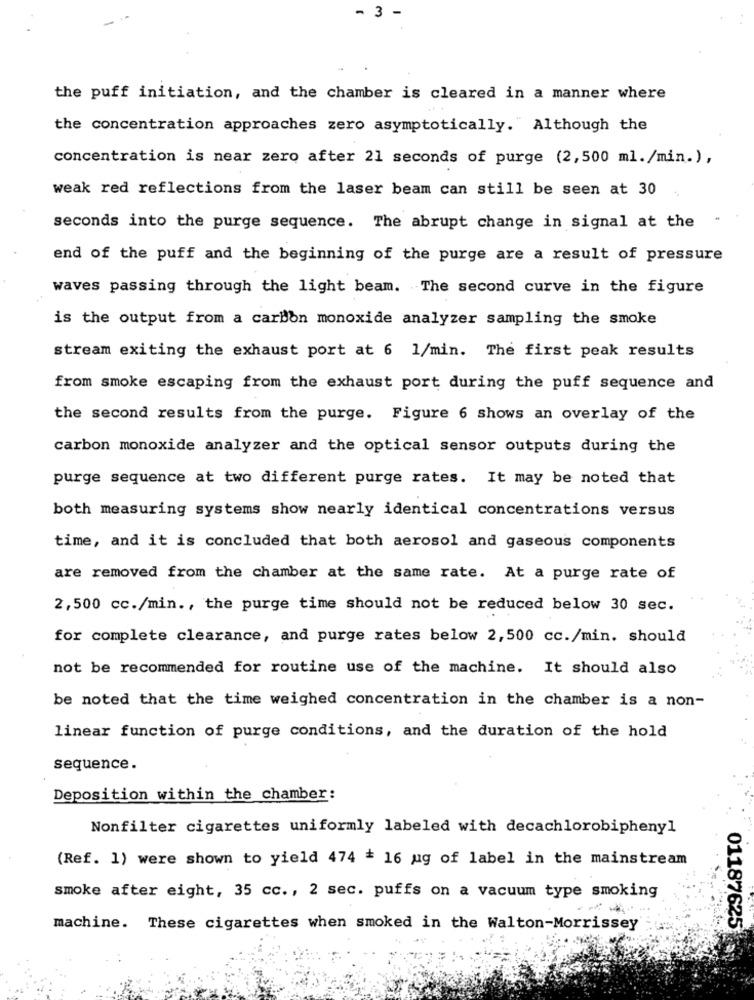
- 3
the puff initiation, and the chamber is cleared in a manner where
the concentration approaches zero asymptotically. Although the
concentration is near zero after 21 seconds of purge (2,500 ml./min.),
weak red reflections from the laser beam can still be seen at 30
seconds into the purge sequence. The abrupt change in signal at the
end of the puff and the beginning of the purge are a result of pressure
waves passing through the light beam. The second curve in the figure
is the output from a carbon monoxide analyzer sampling the smoke
stream exiting the exhaust port at 6 1/min. The first peak results
from smoke escaping from the exhaust port during the puff sequence and
the second results from the purge. Figure 6 shows an overlay of the
carbon monoxide analyzer and the optical sensor outputs during the
purge sequence at two different purge rates. It may be noted that
both measuring systems show nearly identical concentrations versus
time, and it is concluded that both aerosol and gaseous components
are removed from the chamber at the same rate. At a purge rate of
2,500 cc./min ., the purge time should not be reduced below 30 sec.
for complete clearance, and purge rates below 2,500 cc./min. should
not be recommended for routine use of the machine. It should also
be noted that the time weighed concentration in the chamber is a non-
linear function of purge conditions, and the duration of the hold
sequence.
Deposition within the chamber:
Nonfilter cigarettes uniformly labeled with decachlorobiphenyl
(Ref. 1) were shown to yield 474 = 16 ug of label in the mainstream
smoke after eight, 35 cc ., 2 sec. puffs on a vacuum type smoking
machine. These cigarettes when smoked in the Walton-Morrissey
01187625